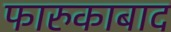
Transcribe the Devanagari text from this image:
फारुकाबाद